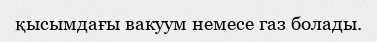
қысымдағы вакуум немесе газ болады.